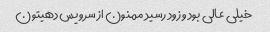
خیلی عالی بود و زود رسید ممنون از سرویس دهیتون